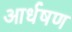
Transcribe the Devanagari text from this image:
आर्धषण